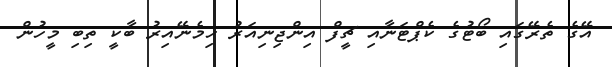
އޭގެ ތެރޭގައި ބޯޓުގެ ކެޕްޓަނާއި ޗީފް އިންޖިނިއަރު ހިމެނޭއިރު ބާކީ ތިބި މީހުން